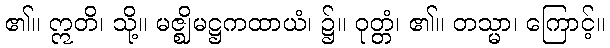
၏။ ဣတိ၊ သို့။ မဇ္ဈိမဋ္ဌကထာယံ၊ ၌။ ဝုတ္တံ၊ ၏။ တသ္မာ၊ ကြောင့်။